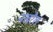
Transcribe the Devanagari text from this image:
नखरैल